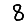
Digit: 8